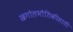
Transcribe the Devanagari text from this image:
खगोलभौतिकीसाठी